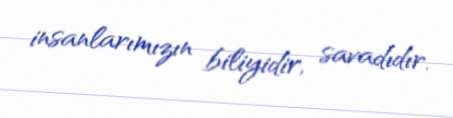
insanlarımızın biliyidir, savadıdır.